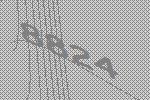
8824